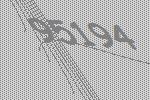
95194